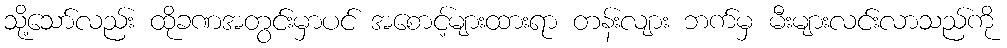
သို့သော်လည်း ထိုခဏအတွင်းမှာပင် အစောင့်များထားရာ တန်းလျား ဘက်မှ မီးများလင်းလာသည်ကို